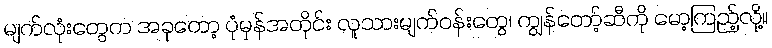
မျက်လုံးတွေက အခုတော့ ပုံမှန်အတိုင်း လူသားမျက်ဝန်းတွေ၊ ကျွန်တော့်ဆီကို မော့ကြည့်လို့။